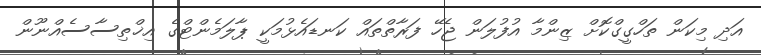
އަދި މިކަން ތަހްގީގްކޮށް ޒިންމާ އުފުލަން ޖެހޭ ފަރާތްތައް ކަނޑައެޅުމަކީ ޕާލަމެންޓްގެ އިޚްތިސާސެއްނޫން